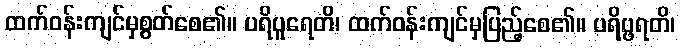
ထက်ဝန်းကျင်မှစွတ်စေ၏။ ပရိပူရေတိ၊ ထက်ဝန်းကျင်မှပြည့်စေ၏။ ပရိပ္ဖရတိ၊